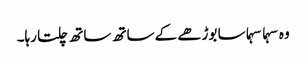
وہ سہما سہما سا بوڑھے کے ساتھ ساتھ چلتا رہا۔